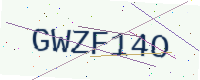
Text: GWZF14O